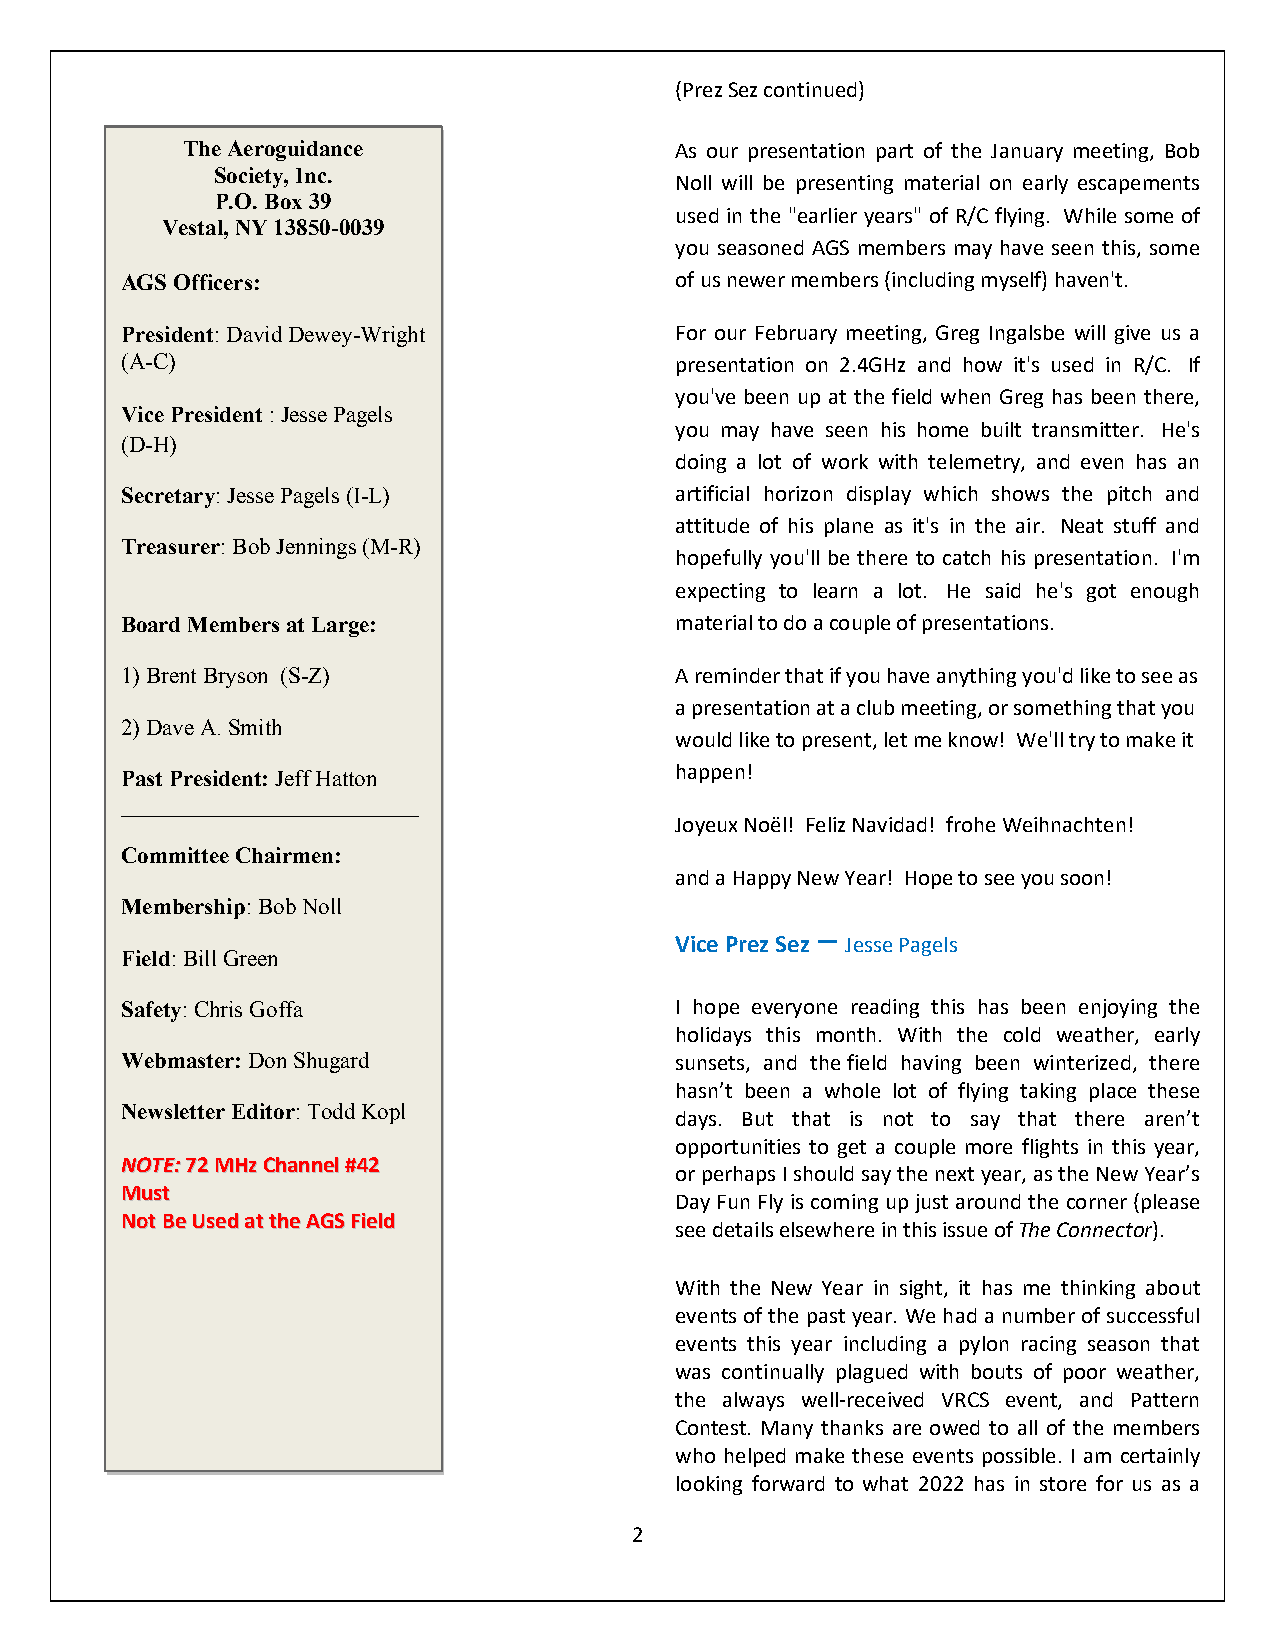
(Prez Sez continued)
 The Aeroguidance                 As our presentation part of the January meeting, Bob
 Society, Inc.
 Noll will be presenting material on early escapements
 P.O. Box 39
 used in the "earlier years" of R/C flying. While some of
 Vestal, NY 13850-0039
 you seasoned AGS members may have seen this, some
 AGS Officers:                        of us newer members (including myself) haven't.
 President: David Dewey-Wright        For our February meeting, Greg Ingalsbe will give us a
 (A-C)                                presentation on 2.4GHz and how it's used in R/C. If
 you've been up at the field when Greg has been there,
 Vice President : Jesse Pagels
 you may have seen his home built transmitter. He's
 (D-H)
 doing a lot of work with telemetry, and even has an
 Secretary: Jesse Pagels (I-L)        artificial horizon display which shows the pitch and
 attitude of his plane as it's in the air. Neat stuff and
 Treasurer: Bob Jennings (M-R)
 hopefully you'll be there to catch his presentation. I'm
 expecting to learn a lot. He said he's got enough
 Board Members at Large:              material to do a couple of presentations.
 1) Brent Bryson (S-Z)                A reminder that if you have anything you'd like to see as
 a presentation at a club meeting, or something that you
 2) Dave A. Smith
 would like to present, let me know! We'll try to make it
 Past President: Jeff Hatton          happen!
 __________________________
 Joyeux Noël! Feliz Navidad! frohe Weihnachten!
 Committee Chairmen:
 and a Happy New Year! Hope to see you soon!
 Membership: Bob Noll
 –
 Vice Prez Sez Jesse Pagels
 Field: Bill Green
 Safety: Chris Goffa                  I hope everyone reading this has been enjoying the
 holidays this month. With the cold weather, early
 Webmaster: Don Shugard               sunsets, and the field having been winterized, there
 hasn’t been a whole lot of flying taking place these
 Newsletter Editor: Todd Kopl
 days. But that is not to say that there aren’t
 opportunities to get a couple more flights in this year,
 NNOOTTEE:: 7722 MMHHzz CChhaannnneell ##4422
 or perhaps I should say the next year, as the New Year’s
 MMuusstt
 Day Fun Fly is coming up just around the corner (please
 NNoott BBee UUsseedd aatt tthhee AAGGSS FFiieelldd
 see details elsewhere in this issue of The Connector).
 With the New Year in sight, it has me thinking about
 events of the past year. We had a number of successful
 events this year including a pylon racing season that
 was continually plagued with bouts of poor weather,
 the always well-received VRCS event, and Pattern
 Contest. Many thanks are owed to all of the members
 who helped make these events possible. I am certainly
 looking forward to what 2022 has in store for us as a
 2